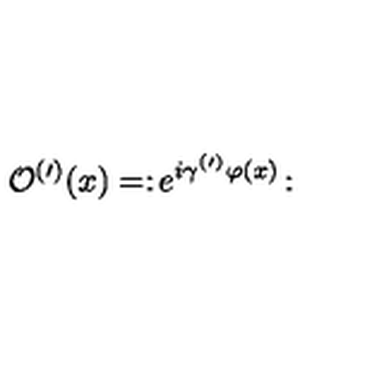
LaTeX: \mathcal { O } ^ { ( \prime ) } ( x ) = : \! e ^ { i \gamma ^ { ( \prime ) } \varphi ( x ) } \! :